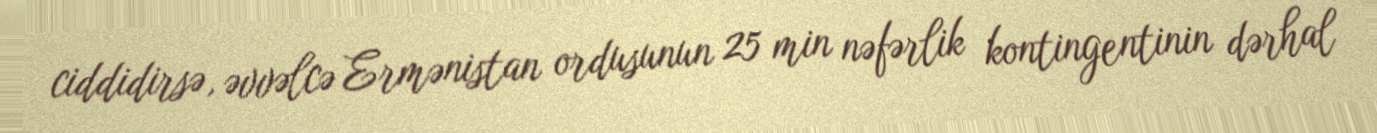
ciddidirsə, əvvəlcə Ermənistan ordusunun 25 min nəfərlik kontingentinin dərhal